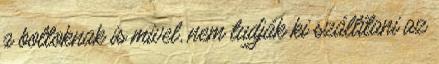
a boltoknak is mivel, nem tudják ki szállítani az